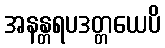
အနန္တရပဒတ္တယေပိ